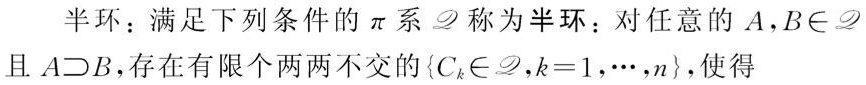
半环：满足下列条件的$\pi$系$\mathscr{D}$称为半环：对任意的$A,B\in\mathscr{D}$且$A\supset B$，存在有限个两两不交的$\{C_{k}\in\mathscr{D},k = 1,\cdots,n\}$，使得